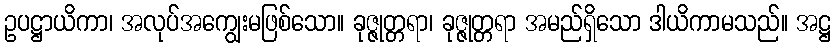
ဥပဋ္ဌာယိကာ၊ အလုပ်အကျွေးမဖြစ်သော။ ခုဇ္ဇုတ္တရာ၊ ခုဇ္ဇုတ္တရာ အမည်ရှိသော ဒါယိကာမသည်။ အဋ္ဌ